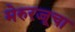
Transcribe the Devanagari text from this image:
मेरुरज्जूचा